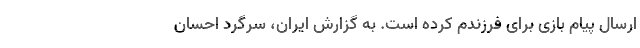
ارسال پیام بازی برای فرزندم کرده است. به گزارش ایران، سرگرد احسان